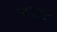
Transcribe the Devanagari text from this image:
जगांट